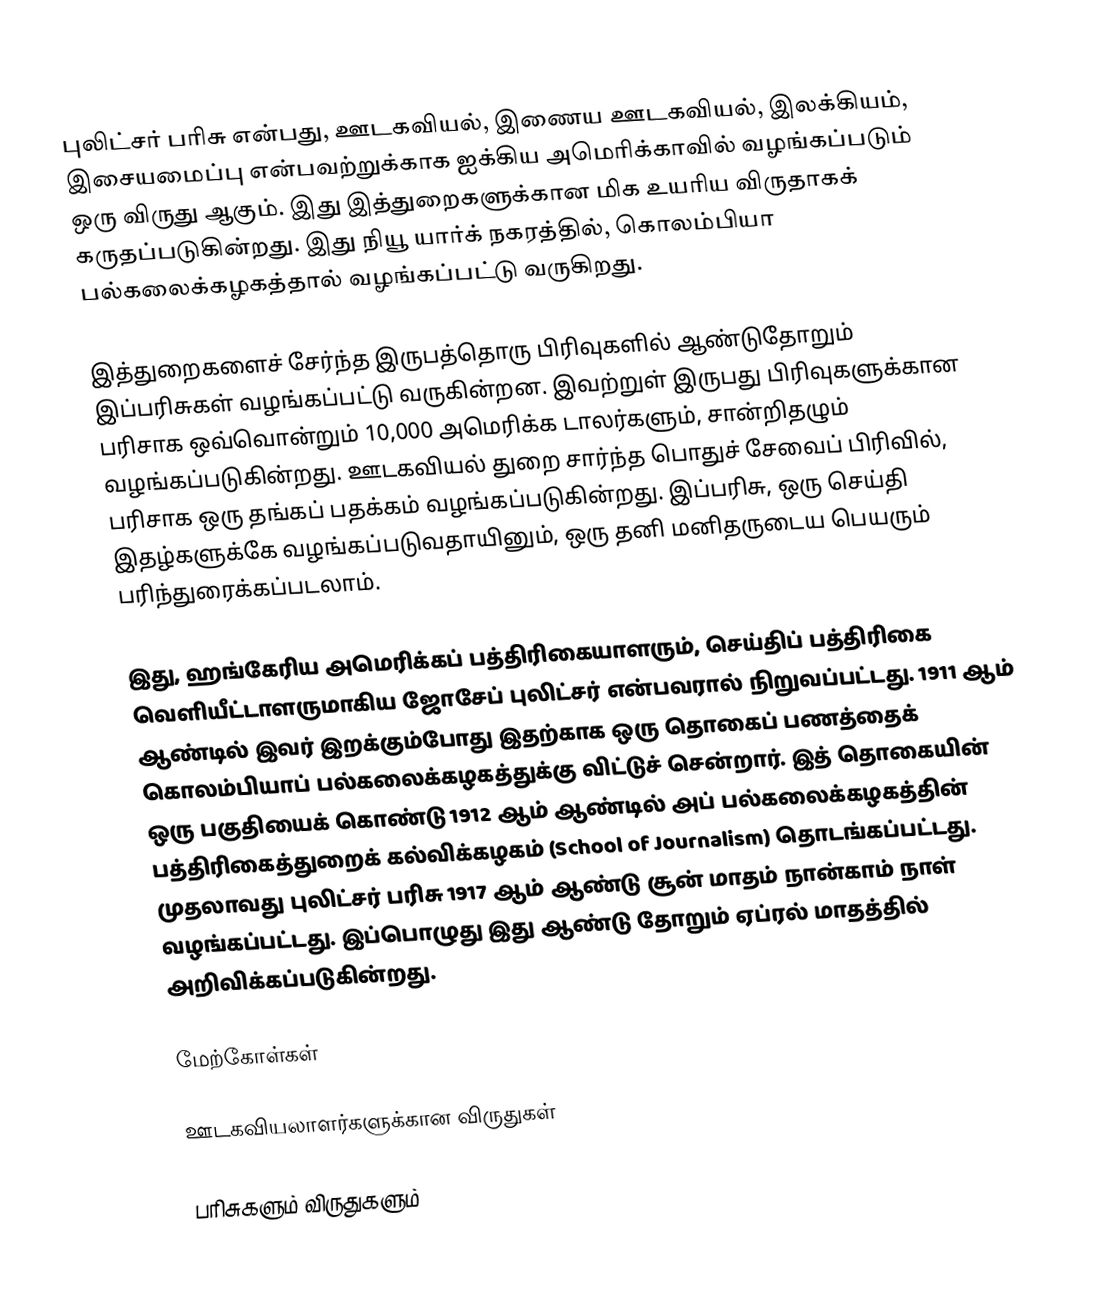
புலிட்சர் பரிசு என்பது, ஊடகவியல், இணைய ஊடகவியல், இலக்கியம், இசையமைப்பு என்பவற்றுக்காக ஐக்கிய அமெரிக்காவில் வழங்கப்படும் ஒரு விருது ஆகும். இது இத்துறைகளுக்கான மிக உயரிய விருதாகக் கருதப்படுகின்றது. இது நியூ யார்க் நகரத்தில், கொலம்பியா பல்கலைக்கழகத்தால் வழங்கப்பட்டு வருகிறது.

இத்துறைகளைச் சேர்ந்த இருபத்தொரு பிரிவுகளில் ஆண்டுதோறும் இப்பரிசுகள் வழங்கப்பட்டு வருகின்றன. இவற்றுள் இருபது பிரிவுகளுக்கான பரிசாக ஒவ்வொன்றும் 10,000 அமெரிக்க டாலர்களும், சான்றிதழும் வழங்கப்படுகின்றது. ஊடகவியல் துறை சார்ந்த பொதுச் சேவைப் பிரிவில், பரிசாக ஒரு தங்கப் பதக்கம் வழங்கப்படுகின்றது. இப்பரிசு, ஒரு செய்தி இதழ்களுக்கே வழங்கப்படுவதாயினும், ஒரு தனி மனிதருடைய பெயரும் பரிந்துரைக்கப்படலாம்.

இது, ஹங்கேரிய அமெரிக்கப் பத்திரிகையாளரும், செய்திப் பத்திரிகை வெளியீட்டாளருமாகிய ஜோசேப் புலிட்சர் என்பவரால் நிறுவப்பட்டது. 1911 ஆம் ஆண்டில் இவர் இறக்கும்போது இதற்காக ஒரு தொகைப் பணத்தைக் கொலம்பியாப் பல்கலைக்கழகத்துக்கு விட்டுச் சென்றார். இத் தொகையின் ஒரு பகுதியைக் கொண்டு 1912 ஆம் ஆண்டில் அப் பல்கலைக்கழகத்தின் பத்திரிகைத்துறைக் கல்விக்கழகம் (School of Journalism) தொடங்கப்பட்டது. முதலாவது புலிட்சர் பரிசு 1917 ஆம் ஆண்டு சூன் மாதம் நான்காம் நாள் வழங்கப்பட்டது. இப்பொழுது இது ஆண்டு தோறும் ஏப்ரல் மாதத்தில் அறிவிக்கப்படுகின்றது.

மேற்கோள்கள்

ஊடகவியலாளர்களுக்கான விருதுகள்

பரிசுகளும் விருதுகளும்